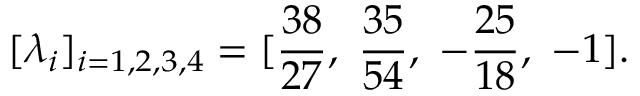
[ \lambda _ { i } ] _ { i = 1 , 2 , 3 , 4 } = [ { \frac { 3 8 } { 2 7 } } , ~ { \frac { 3 5 } { 5 4 } } , ~ - { \frac { 2 5 } { 1 8 } } , ~ - 1 ] .